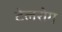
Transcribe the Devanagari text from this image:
टेलरोग